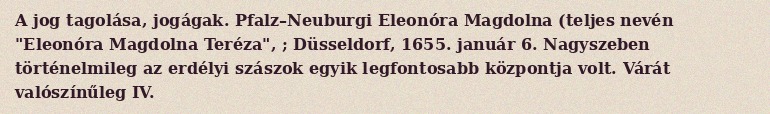
A jog tagolása, jogágak. Pfalz–Neuburgi Eleonóra Magdolna (teljes nevén "Eleonóra Magdolna Teréza", ; Düsseldorf, 1655. január 6. Nagyszeben történelmileg az erdélyi szászok egyik legfontosabb központja volt. Várát valószínűleg IV.